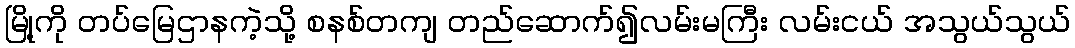
မြို့ကို တပ်မြေဌာနကဲ့သို့ စနစ်တကျ တည်ဆောက်၍လမ်းမကြီး လမ်းငယ် အသွယ်သွယ်